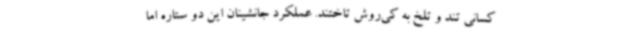
کسانی تند و تلخ به کی‌روش تاختند. عملکرد جانشینان این دو ستاره اما